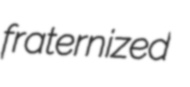
fraternized